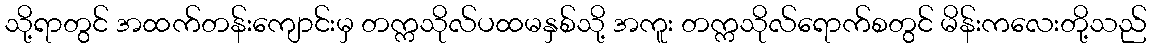
သို့ရာတွင် အထက်တန်းကျောင်းမှ တက္ကသိုလ်ပထမနှစ်သို့ အကူး တက္ကသိုလ်ရောက်စတွင် မိန်းကလေးတို့သည်